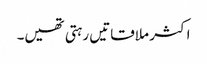
اکثر ملاقاتیں رہتی تھیں۔